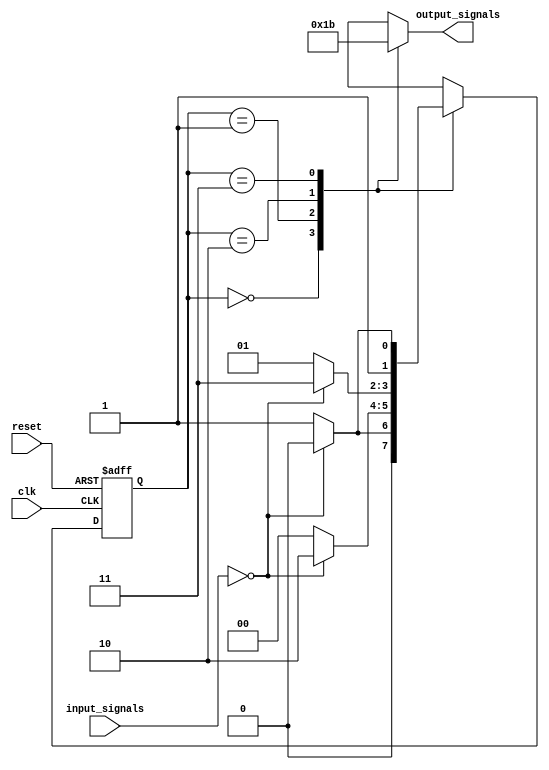
module SequentialLogicStateMachine (
    input wire clk,
    input wire reset,
    
    // Input signals
    input wire [1:0] input_signals,
    
    // Output signals
    output reg [1:0] output_signals
);

// State encoding
parameter
    S0 = 2'b00,
    S1 = 2'b01,
    S2 = 2'b10,
    S3 = 2'b11;

// State register
reg [1:0] current_state;
reg [1:0] next_state;

// State machine logic
always @(posedge clk or posedge reset) begin
    if (reset) begin
        current_state <= S0;
    end else begin
        current_state <= next_state;
    end
end

// State transition logic
always @* begin
    case (current_state)
        S0: begin
            if (input_signals == 2'b00) begin
                next_state = S0;
            end else begin
                next_state = S1;
            end
        end
        
        S1: begin
            if (input_signals == 2'b00) begin
                next_state = S2;
            end else begin
                next_state = S0;
            end
        end
        
        S2: begin
            if (input_signals == 2'b00) begin
                next_state = S3;
            end else begin
                next_state = S1;
            end
        end
        
        S3: begin
            if (input_signals == 2'b00) begin
                next_state = S2;
            end else begin
                next_state = S3;
            end
        end
    endcase
end

// Output logic
always @* begin
    case (current_state)
        S0: begin
            output_signals = 2'b00;
        end
        
        S1: begin
            output_signals = 2'b01;
        end
        
        S2: begin
            output_signals = 2'b10;
        end
        
        S3: begin
            output_signals = 2'b11;
        end
    endcase
end

endmodule